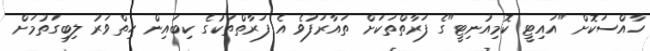
ހާއްސަކޮށް "އައިޓީ ކޮމިއުނިޓީ"ގެ ފަރާތްތަކަށް ތައާރަފުވެ އެ ފަރާތްތަކުގެ ކިބައިން ހިތްވަރު ލިބިގަތުމަށް